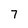
Character: 7